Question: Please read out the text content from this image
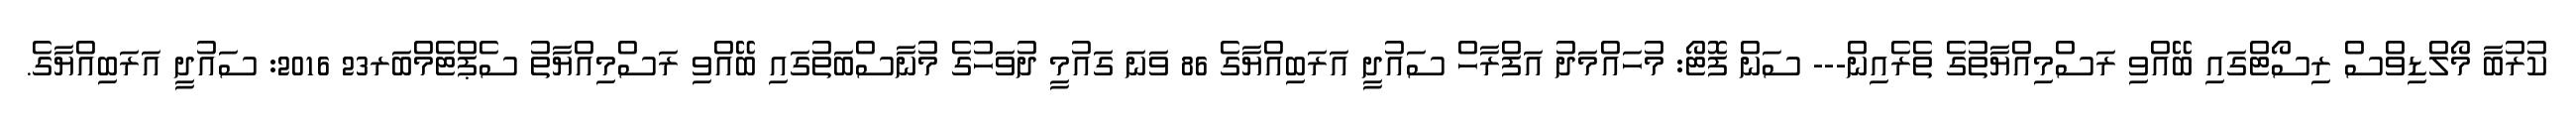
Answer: ކުރުބާ މޯލްޑިވްސް ރިސޯޓްގައި ބޭއްވި ރަސްމިއްޔާތުގެ ތެރެއިން--- ސަން ފޮޓޯ: މުހައްމަދު އަފްރާހް ސައުދީ އަރަބިއްޔާގެ 86 ވަނަ ގައުމީ ދުވަހުގެ މުނާސްބަތުގައި ބޭއްވި ރަސްމިއްޔާތު ސެޕްޓެމްބަރ23 2016: ސައުދީ އަރަބިއްޔާގެ.